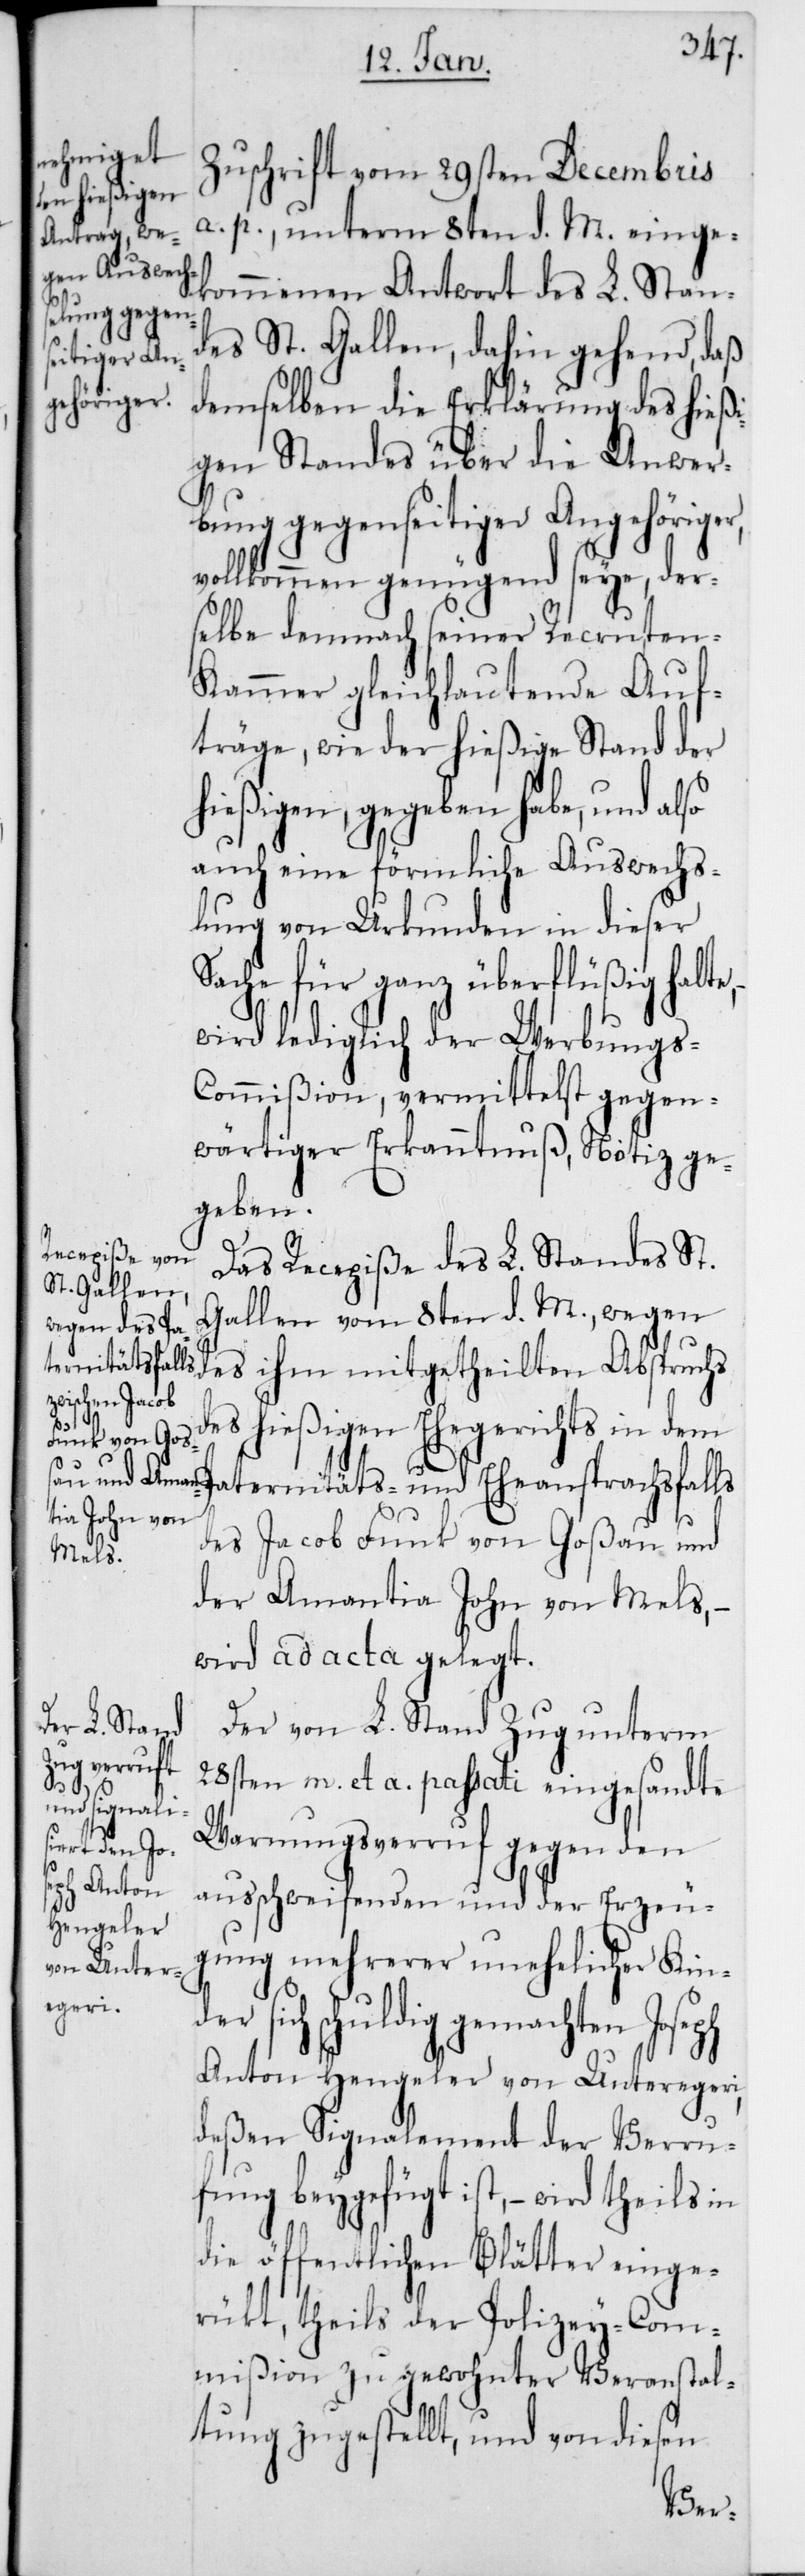
Zuschrift vom 29sten Decembris
a. p. unterm 8ten d. M. einge¬
kommenen Antwort des L. Stan¬
des St. Gallen, dahin gehend, daß
der si¬
demselben die Erklärung des hießi¬
gen Standes über die Anwer¬
bung gegenseitiger Angehöriger,
vollkommen genügend seye, der¬
selbe demnach seiner Recruten-K¬
ammer gleichlautende Auf¬
träge, wie der hießige Stand der
hießigen, gegeben habe, und also
auch eine förmliche Auswechs¬
lung von Urkunden in dieser
Sache für ganz überflüßig halte,
wird lediglich der Werbung¬
s-Commißion, vermittelst gegen¬
wärtiger Erkanntnuß, Notiz ge¬
geben.
Das Recepiße des L. Standes St.
Gallen vom 8ten d. M., wegen
des ihm mitgetheilten Abspruchs
des hießigen Ehegerichts in dem
Paternitäts- und Eheansprachsfalls
des Jakob Funk von Goßau und
der Amantia Joh von Mels,
wird ad acta gelegt.
Der von L. Stand Zug unterm
28sten m. et a. passati eingesandte
Warnungsverruf gegen den
ausschweifenden und der Erzeu¬
gung mehrerer unehelicher Kin¬
ch schuldig gemachten
Anton Hengeler von Unteregeri,
deßen Signalement der Verru¬
fung beygefügt ist, – wird theils in
die öffentlichen Blätter einge¬
rückt, theils der Polizey-Com¬
mißion zu gewohnter Veranstal¬
tung zugestellt, und von diesen